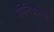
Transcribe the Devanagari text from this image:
पैपिलिओनेसी